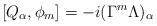
LaTeX: \begin{align*}[Q_{\alpha}, \phi_{m}] = -i (\Gamma^{m} \Lambda )_{\alpha}\end{align*}